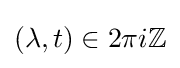
(\lambda ,t)\in 2\pi i\mathbb {Z}